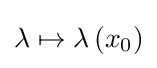
\lambda \mapsto \lambda \left(x_{0}\right)